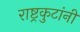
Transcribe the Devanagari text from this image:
राष्ट्रकुटांनी